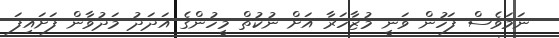
ނަމަވެސް ފަހުން ވަނީ މުޒާހަރާ އަށް ނުކުތް މީހުންގެ އަދަދު މަދުވާން ފަށައިފަ